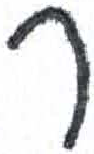
אות: ר